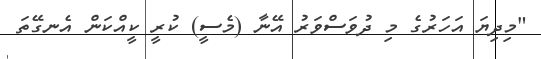
"މިދިޔަ އަހަރުގެ މި ދުވަސްވަރު އޭނާ (މެސީ) ކުރީ ކީއްކަން އެނގޭތަ